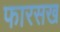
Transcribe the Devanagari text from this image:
फारसख